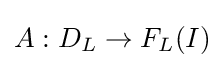
A:D_{L}\rightarrow F_{L}(I)